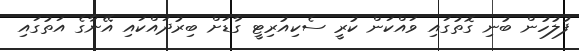
ފުލުހުން ބުނި ގޮތުގައި ވައްކަން ކުރީ ސެކިއުރިޓީ ގާޑަށް ބިރުދައްކައި އޭނާގެ އަތުގައި